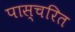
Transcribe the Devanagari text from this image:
पास्चरित